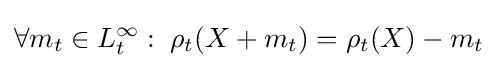
\forall m_{t}\in L_{t}^{\infty }:\;\rho _{t}(X+m_{t})=\rho _{t}(X)-m_{t}